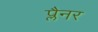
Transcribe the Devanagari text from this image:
प्लैनर